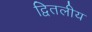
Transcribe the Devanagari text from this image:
द्वितलीय